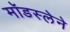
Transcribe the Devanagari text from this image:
मॉडस्लेने